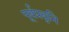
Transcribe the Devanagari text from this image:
पूर्वप्रवृनि